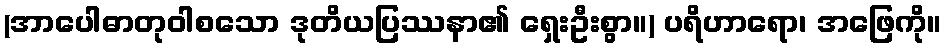
(အာပေါဓာတုဝါစသော ဒုတိယပြဿနာ၏ ရှေးဦးစွာ။) ပရိဟာရော၊ အဖြေကို။